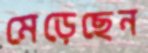
মেড়েছেন